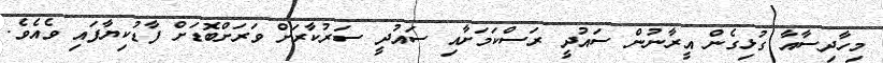
މިހާދިސާއާ ގުޅިގެން އީރާނުން ސައުދީ ރަސްކަމަށާއި ސައުދީ ސަރުކާރަށް ވަރަށްބޮޑަށް ފާޑުކިޔާފައި ވެއެވެ.